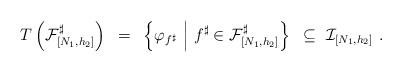
LaTeX: \begin{align*}T\left(\mathcal{F}^{\sharp}_{[N_1,h_2]}\right)~=~\left\{\varphi_{f^{\sharp}}~\Big|~f^{\sharp}\in \mathcal{F}^{\sharp}_{[N_1,h_2]}\right\}~\subseteq~\mathcal{I}_{[N_1,h_2]}~.\end{align*}